Senior Leaving Certificate Examination (including Day School Certificate (Higher) General paper), 1950
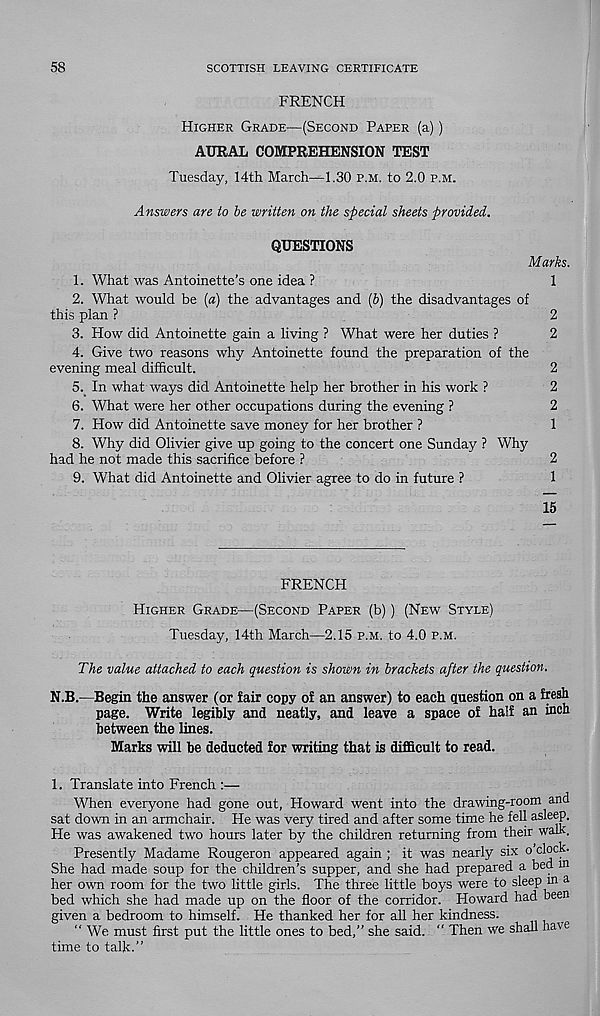
58
SCOTTISH LEAVING CERTIFICATE
FRENCH
Higher Grade—(Second Paper (a))
AURAL COMPREHENSION TEST
Tuesday, 14th March—1.30 p.m. to 2.0 p.m.
Answers are to be written on the special sheets provided.
QUESTIONS
Marks.
1. What was Antoinette’s one idea ?
1
2. What would be (a) the advantages and [b) the disadvantages of
this plan ?
2
3. How did Antoinette gain a living ? What were her duties ?
2
4. Give two reasons why Antoinette found the preparation of the
evening meal difficult.
2
5. In what ways did Antoinette help her brother in his work ?
2
6. What were her other occupations during the evening ?
2
7. How did Antoinette save money for her brother ?
1
8. Why did Olivier give up going to the concert one Sunday ? Why
had he not made this sacrifice before ?
2
9. What did Antoinette and Olivier agree to do in future ?
1
15
FRENCH
Higher Grade—(Second Paper (b)) (New Style)
Tuesday, 14th March—2.15 p.m. to 4.0 p.m.
The value attached to each question is shown in brackets after the question.
N.B.—Begin the answer (or fair copy of an answer) to each question on a fresh
page. Write legibly and neatly, and leave a space of half an inch
between the lines.
Marks will be deducted for writing that is difficult to read.
1. Translate into French :—
When everyone had gone out, Howard went into the drawing-room and
sat down in an armchair. He was very tired and after some time he fell asleep.
He was awakened two hours later by the children returning from their walk.
Presently Madame Rougeron appeared again ; it was nearly six o clock.
She had made soup for the children’s supper, and she had prepared a bed in
her own room for the two little girls. The three little boys were to sleep in a
bed which she had made up on the floor of the corridor. Howard had been
given a bedroom to himself. He thanked her for all her kindness.
“ We must first put the little ones to bed,” she said. " Then we shall have
time to talk.”